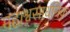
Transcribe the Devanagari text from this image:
महाश्वसाधनिक